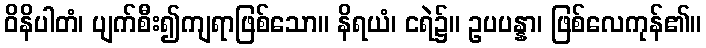
ဝိနိပါတံ၊ ပျက်စီး၍ကျရာဖြစ်သော။ နိရယံ၊ ငရဲ၌။ ဥပပန္နာ၊ ဖြစ်လေကုန်၏။